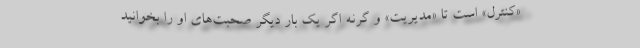
«کنترل» است تا «مدیریت» و گرنه اگر یک بار دیگر صحبت‌های او را بخوانید